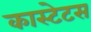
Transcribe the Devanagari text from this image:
कास्टेटस